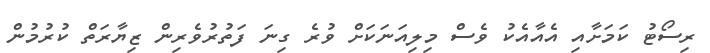
ރިސޯޓު ކަމަށާއި އެއާއެކު ވެސް މިލިއަނަކަށް ވުރެ ގިނަ ފަތުރުވެރިން ޒިޔާރަތް ކުރުމުން